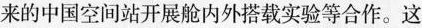
来的中国空间站开展舱内外搭载实验等合作。这